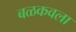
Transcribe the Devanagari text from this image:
बळकवला